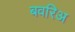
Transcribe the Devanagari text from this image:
बवरिअ